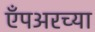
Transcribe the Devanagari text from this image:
ऍंपअरच्या